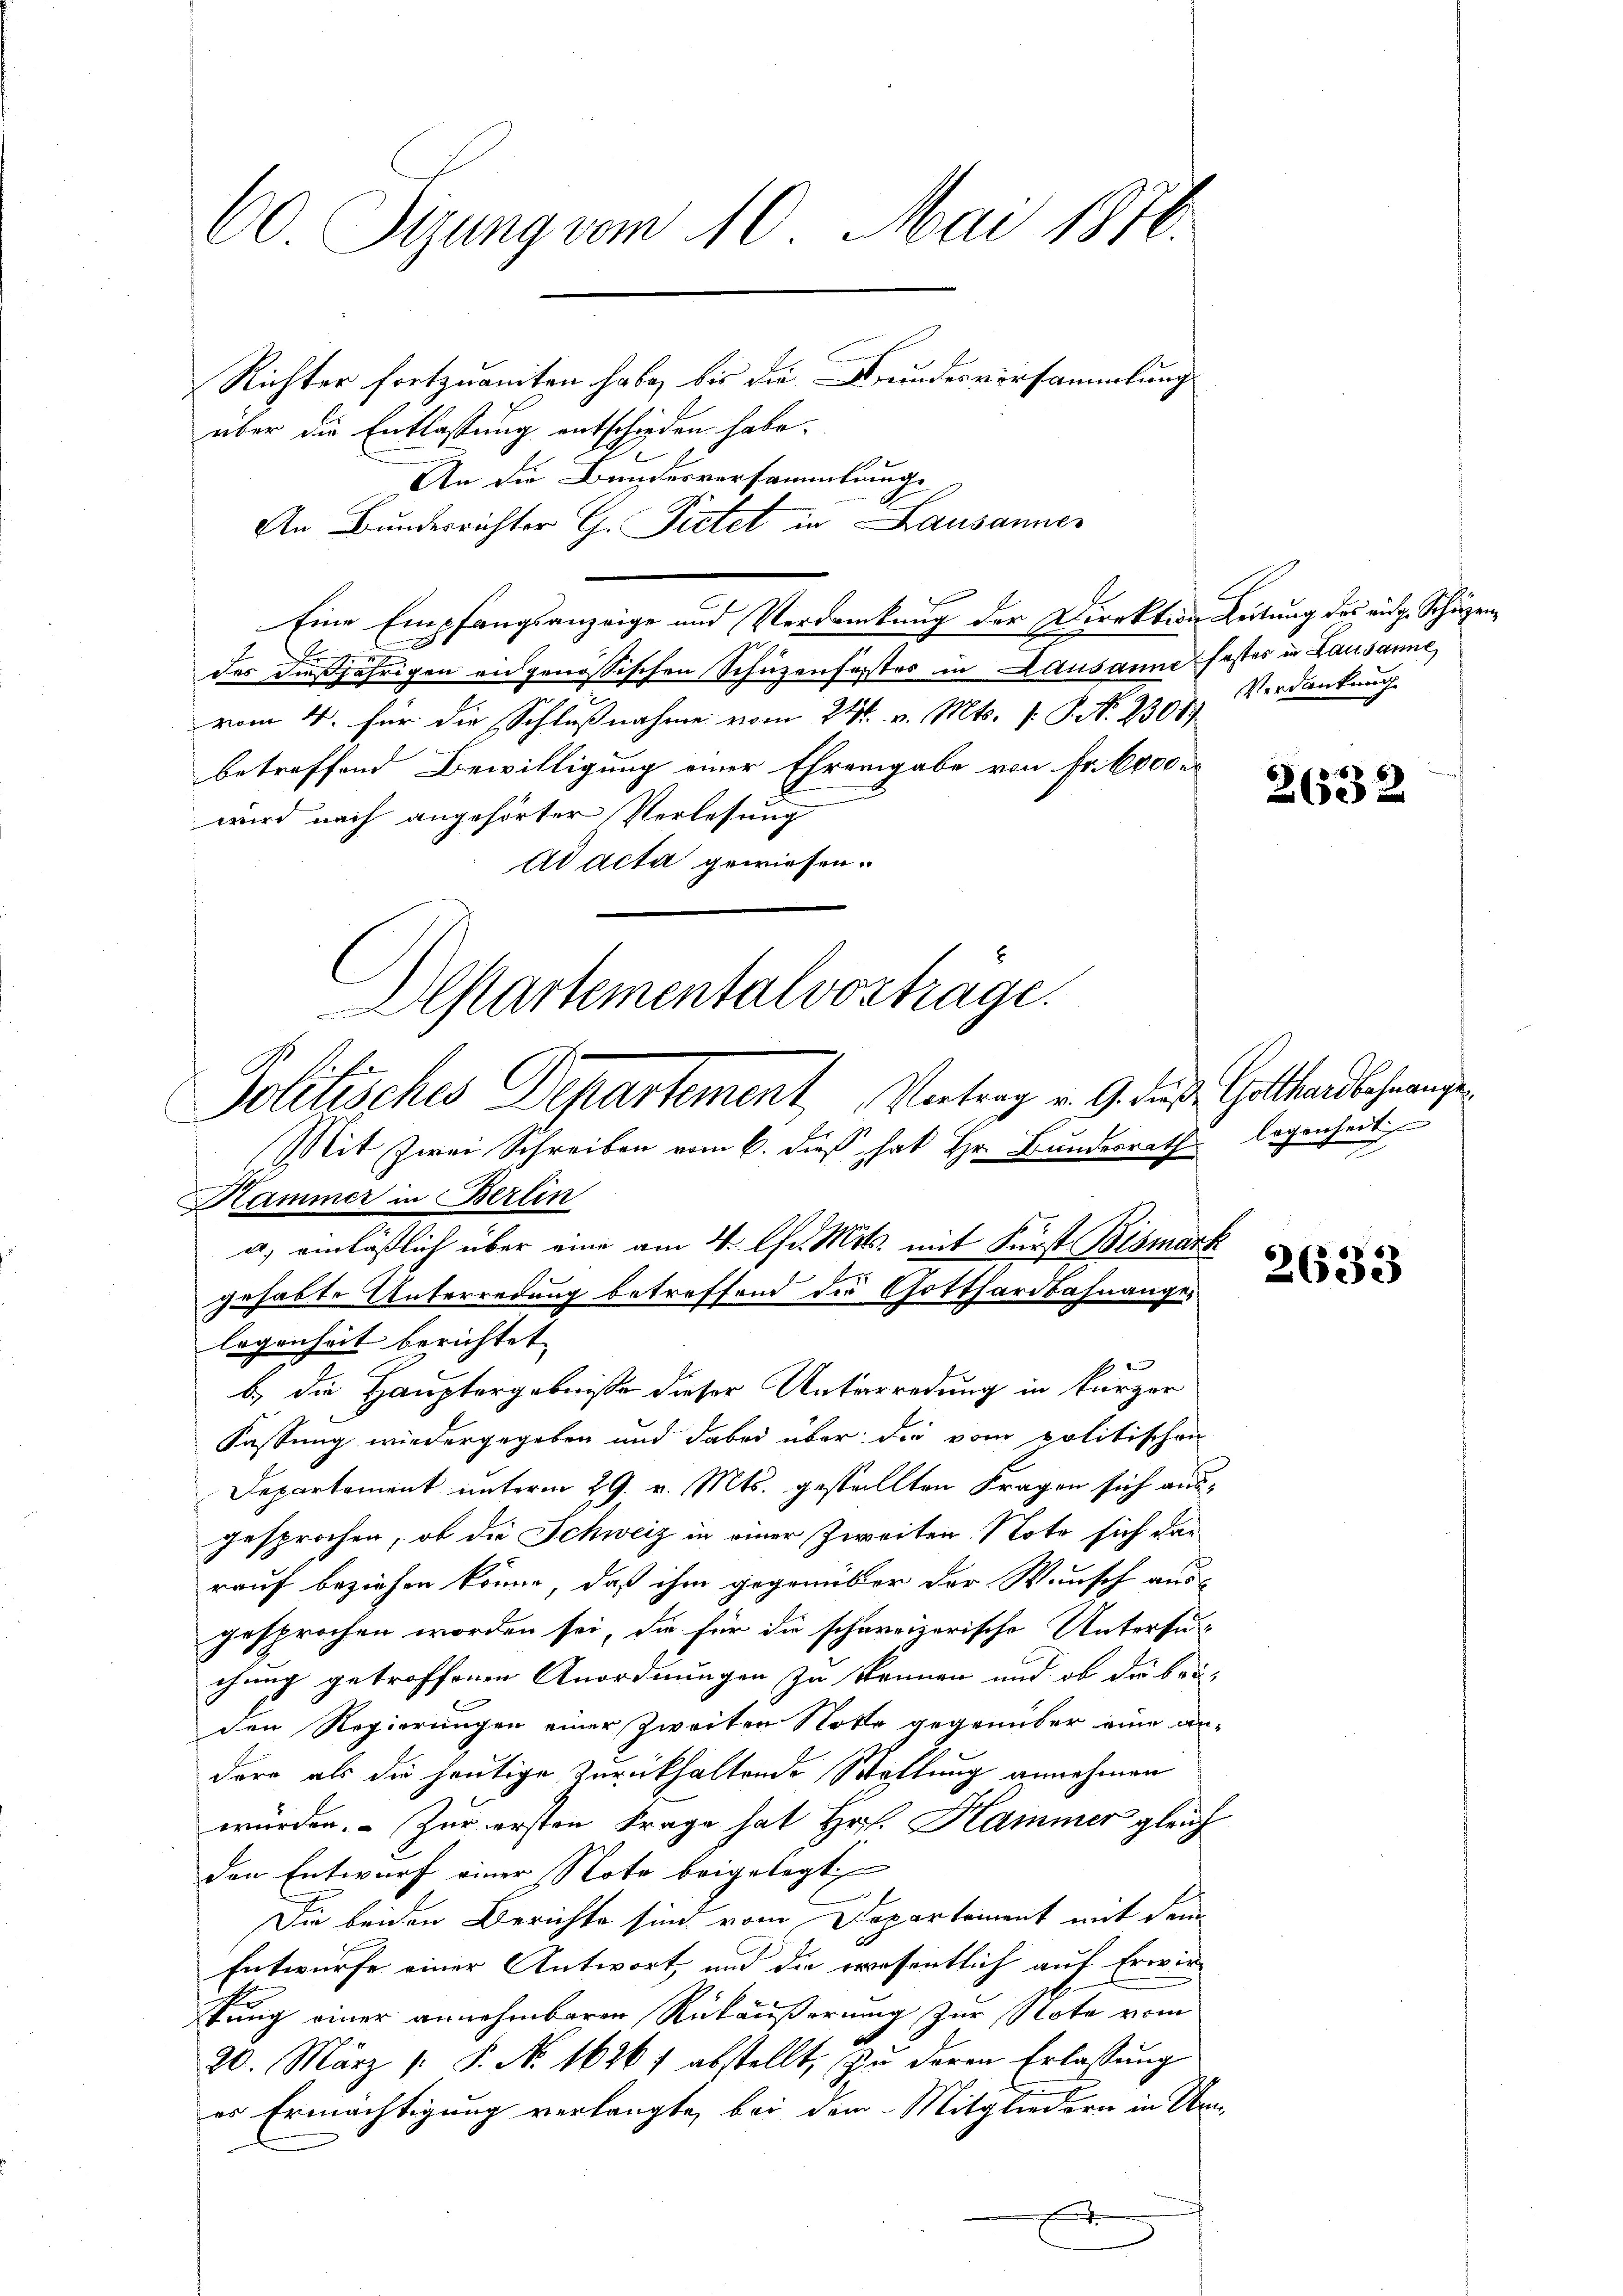
60 Syung vom 10. Mai 1870.
Richter fortzuanten habe, bis die Brandesversammlung
über die Entlassung entschieden habe.

An die Bundesversammlung
An Bundesrichter G. Pietet in Lausanner
Eine Empfangsanzeige und Verdankung der Direktion Leitung des eidg. Schäzen¬
Feier
des dießjährigen eidgenössischen Schüzenfestes in Lausanne festes in Lausanne,
vom 4. für die Schlußnahme vom 24. v. Mts. s. S. No. 23057
betreffend Bewilligung einer Ehrengabe von Fr. 6000 r
wird nach angehörter Verlesung
Ad acta gewiesen.
Alsartementalvortrage.

Hammer in Berlin
a, einläßlich über eine am 4. Chr. Mts. mit Fürst Bismark
gehabte Unterredung betreffend der Gotthardbahnange,
legenheit berichtet

b) die Hauptergebnisse dieser Unterredung in kurzer
Fassung wiedergegeben und dabei über die vom politischen
Departement unterm 29. v. Mts. gestellten Fragen sich ausgesprochen, ob die Schweiz in einer Zweiten Note sich dar
rauf beziehen könne, daß ihm gegenüber der Wunsch aus-
gesprochen worden sei, die für die schweizerische Untersuchung getroffenen Anordnungen zu kennen und ob die brü-
den Regierungen einer Zweiten Note gegenüber eine an-
der als die heutige Zurückhaltende Weltung annehmen
würden. Zur ersten Frage hat Hof. Hammer gleich
den Entwurf einer Note beigelegt
e
Die beiden Berichte sind vom Departement mit dem
Entwurfe einer Antwort und die erwesentlich auf Erwirstung einer annehmbaren Rükäußerung zur Note vom
20. März 1. P. Nr. 16261 abstellt, zu deren Erlassung
es Ermächtigung verlangte, bei dem Mitgliedern in Um¬

Politisches Departement, Vertrag v. 9. des Gotthardbahnangen
Mit Zwei Schreiben vom 6. dieß hat Hr. Bundesrath legenheit

Verdankung

6
2632

2633